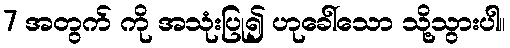
7 အတွက် ကို အသုံးပြု၍ ဟုခေါ်သော သို့သွားပါ။